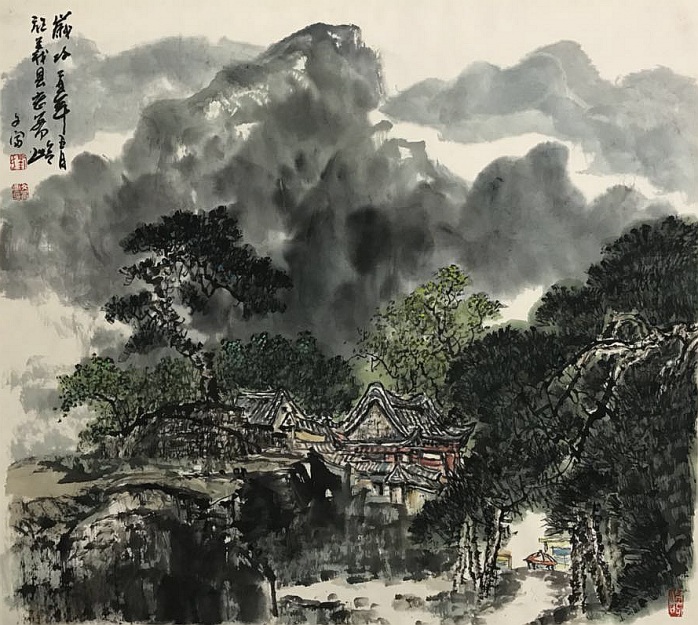
清晨入古寺，初日照高林。